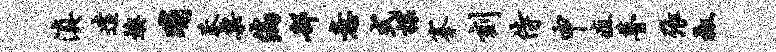
滇遣燠晡莽粟偏部意式揲搴刻侍申疽瞢张椒